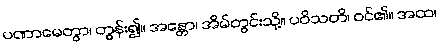
ပဏာမေတွာ၊ တွန်း၍။ အန္တော၊ အိမ်တွင်းသို့။ ပဝိသတိ၊ ဝင်၏။ အထ၊